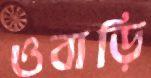
ওবাড়ি